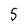
Character: 5